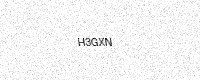
Text: H3GXN